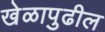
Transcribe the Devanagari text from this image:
खेळापुढील